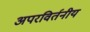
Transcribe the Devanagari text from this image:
अपरविर्तनीय